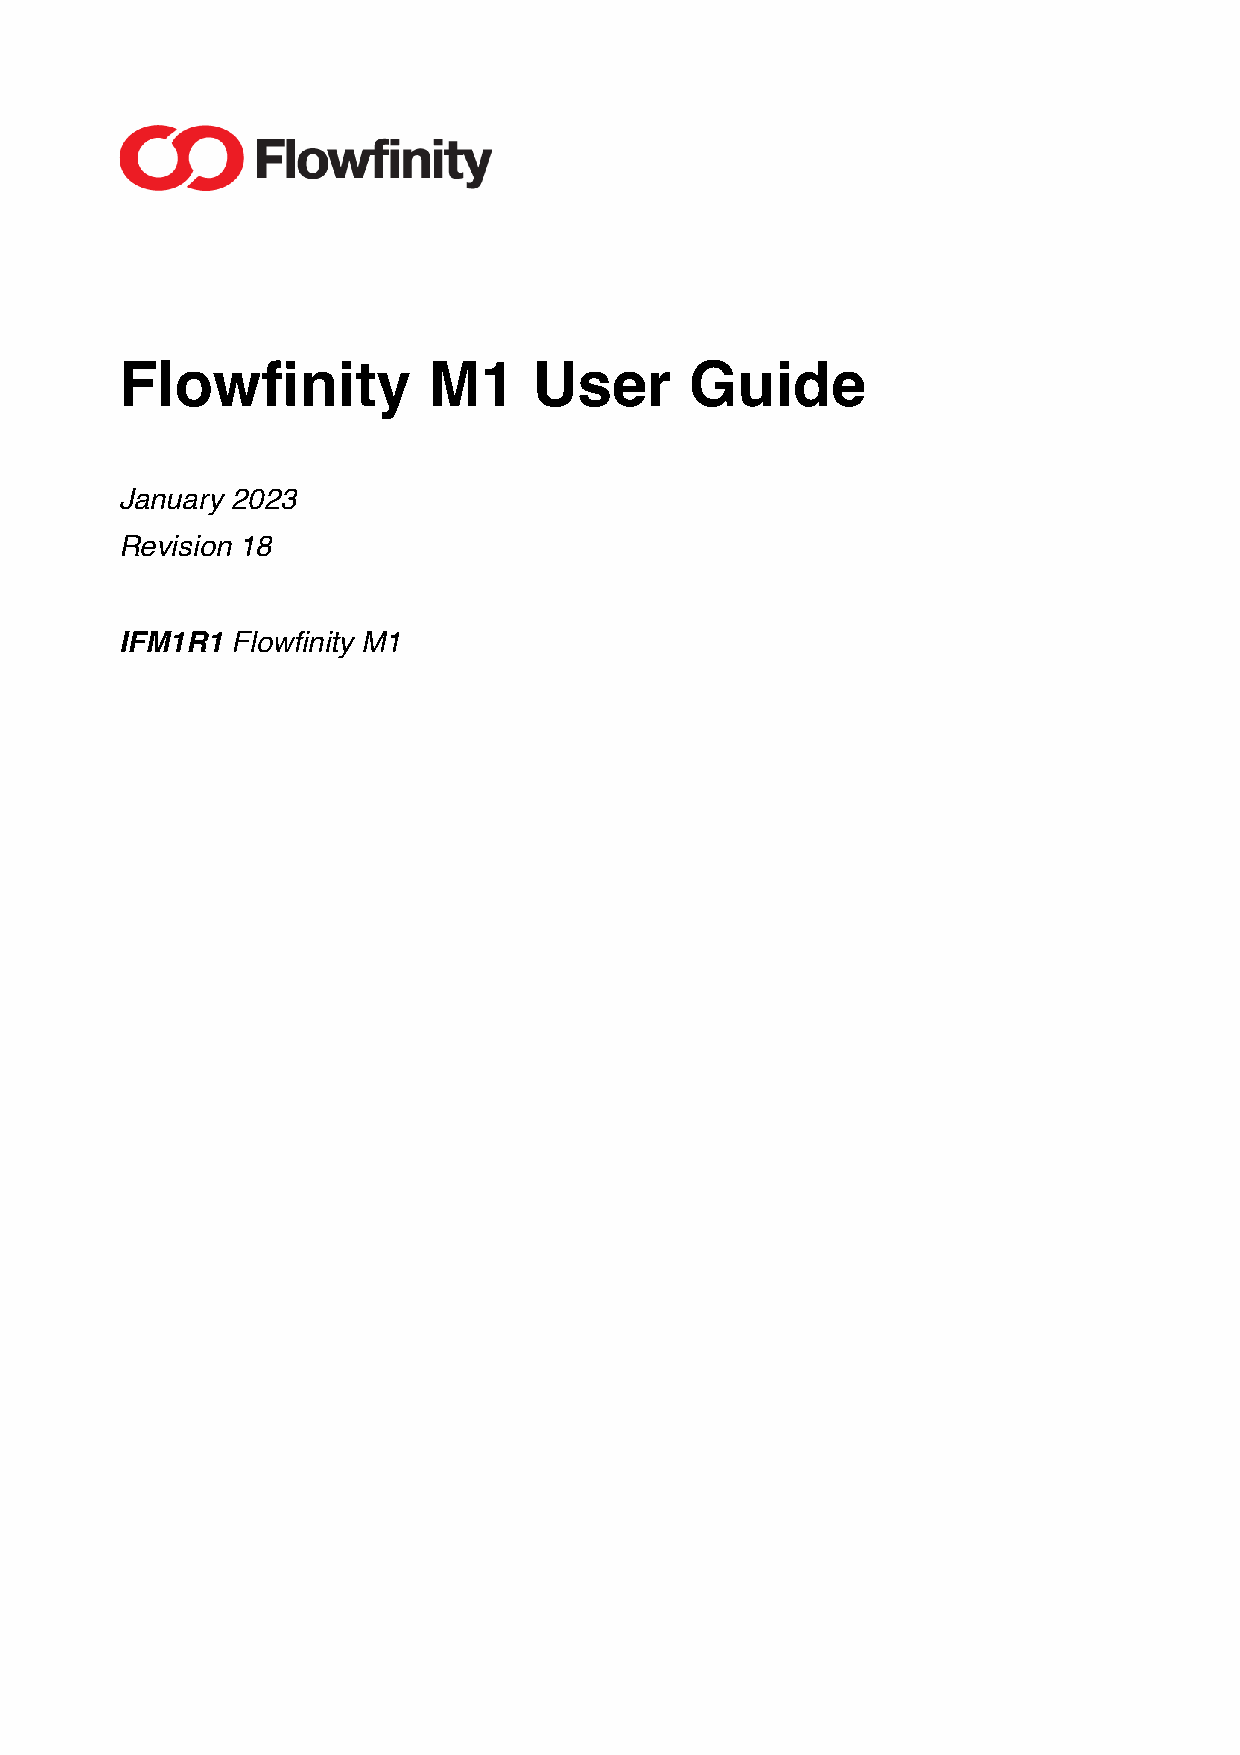
Flowfinity          M1     User       Guide
 January 2023
 Revision 18
 IFM1R1 Flowfinity M1